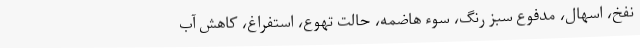
نفخ، اسهال، مدفوع سبز رنگ، سوء هاضمه، حالت تهوع، استفراغ، کاهش آب